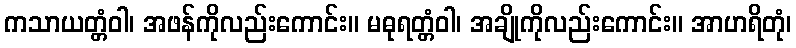
ကသာယတ္တံဝါ၊ အဖန်ကိုလည်းကောင်း။ မဓုရတ္တံဝါ၊ အချိုကိုလည်းကောင်း။ အာဟရိတုံ၊